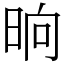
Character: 晌